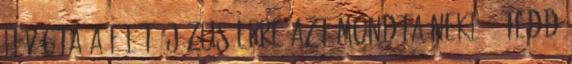
levágta a fülét. Jézus erre azt mondta neki: ,,Tedd